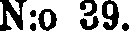
N:o 39.